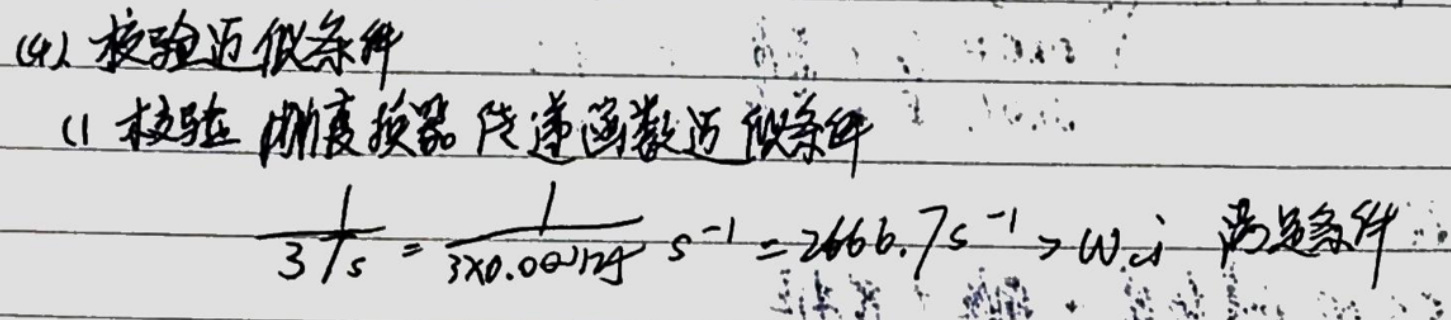
(4) 校验近似条件
(1) 校验 刚度换器传递函数近似条件
\[
\frac{1}{3\times 10^{-4}s}=\frac{1}{3\times0.0001}s^{-1}= 2666.7s^{-1}>\omega_d
\] 满足条件